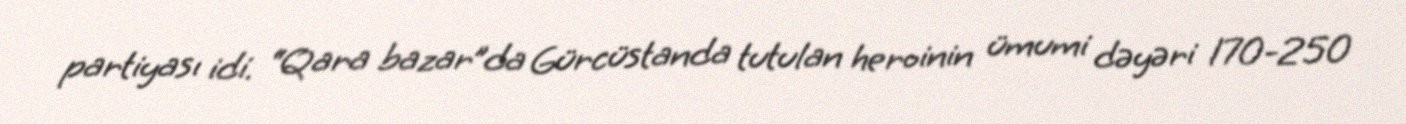
partiyası idi. “Qara bazar”da Gürcüstanda tutulan heroinin ümumi dəyəri 170-250